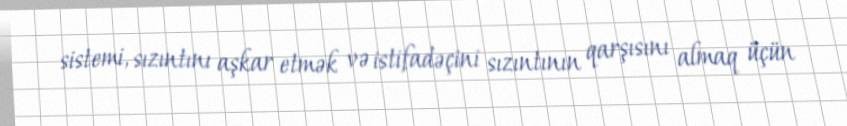
sistemi, sızıntını aşkar etmək və istifadəçini sızıntının qarşısını almaq üçün